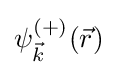
\psi _{\vec {k}}^{(+)}({\vec {r}})